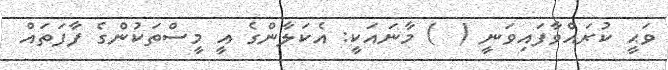
ވަޙީ ކުރައްވާފައިވަނީ (  ) މާނައަކީ: އެކަލާންގެ އީ މީސްތަކުންގެ ފާފަތައް